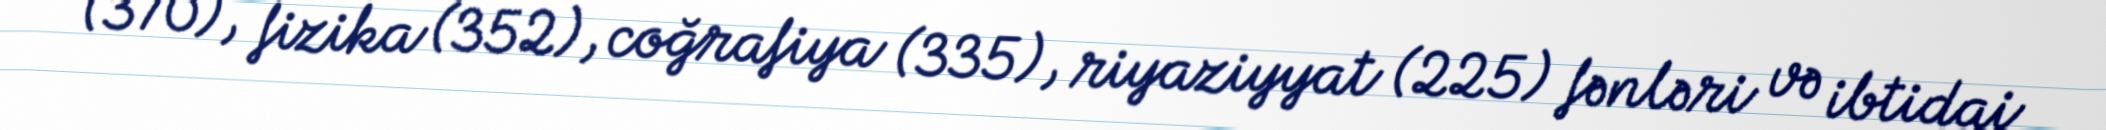
(370), fizika (352), coğrafiya (335), riyaziyyat (225) fənləri və ibtidai